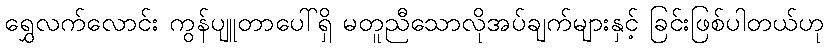
ရွှေလက်လောင်း ကွန်ပျူတာပေါ်ရှိ မတူညီသောလိုအပ်ချက်များနှင့် ခြင်းဖြစ်ပါတယ်ဟု